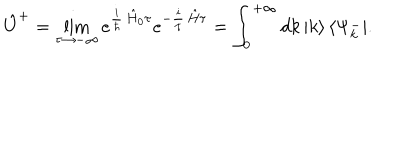
\hat { U } ^ { + } = \lim _ { \tau \to - \infty } e ^ { \frac { i } { \hbar } \, \hat { H } _ { 0 } \tau } e ^ { - \frac { i } { \hbar } \, \hat { H } \tau } = \int _ { 0 } ^ { + \infty } d k \, | k \rangle \, \langle \Psi _ { k } ^ { - } | .